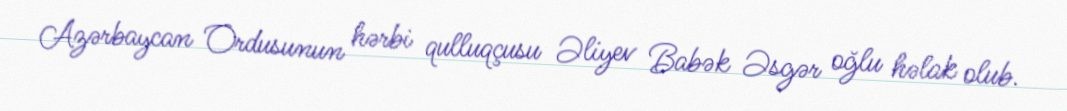
Azərbaycan Ordusunun hərbi qulluqçusu Əliyev Babək Əsgər oğlu həlak olub.